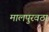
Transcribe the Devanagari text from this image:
मालपुरवठा